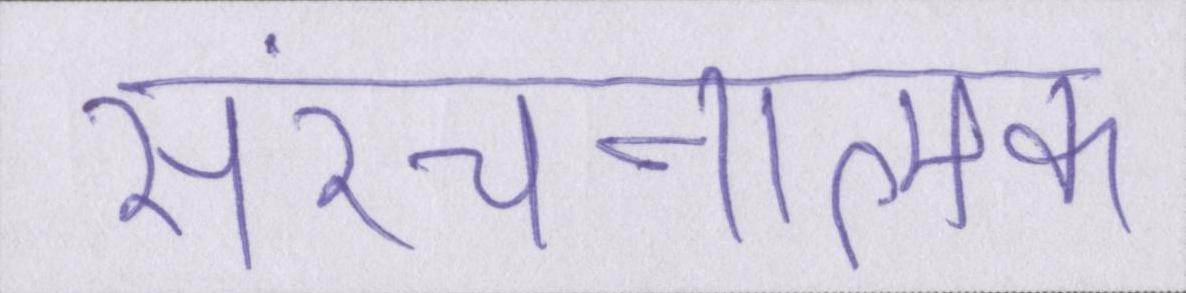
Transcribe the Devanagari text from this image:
संरचनात्मक